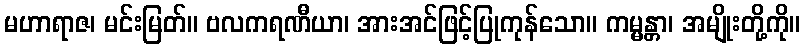
မဟာရာဇ၊ မင်းမြတ်။ ဗလကရဏီယာ၊ အားအင်ဖြင့်ပြုကုန်သော။ ကမ္မန္တာ၊ အမျိုးတို့ကို။